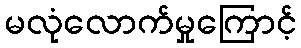
မလုံလောက်မှုကြောင့်